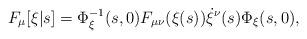
LaTeX: \begin{align*}F_\mu[\xi|s] = \Phi_\xi^{-1}(s,0) F_{\mu\nu}(\xi(s)) \dot{\xi}^\nu(s) \Phi_\xi(s,0),\end{align*}